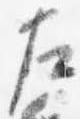
左